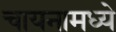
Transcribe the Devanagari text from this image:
चायनामध्ये